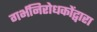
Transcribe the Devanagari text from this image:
गर्भनिरोधकोंद्वारा